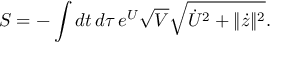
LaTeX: S = - \int d t \, d \tau \, e ^ { U } \sqrt { V } \sqrt { \dot { U } ^ { 2 } + \| \dot { z } \| ^ { 2 } } .